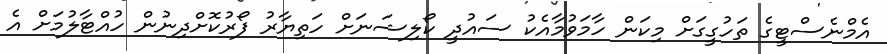
އެމްނެސްޓީގެ ތަހުގީގަށް މިކަން ހާމަވުމާއެކު ސައުދީ ކޯލިޝަނަށް ހަތިޔާރު ފޯރުކޮށްދިނުން ހުއްޓާލުމަށް އެ